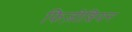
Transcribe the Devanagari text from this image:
फिज़ीशियन